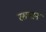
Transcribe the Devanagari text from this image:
रसगान